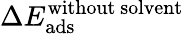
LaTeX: \Delta E_{\mathrm{ads}}^{\mathrm{without\ solvent}}